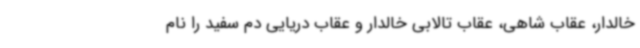
خالدار، عقاب شاهی، عقاب تالابی خالدار و عقاب دریایی دم سفید را نام